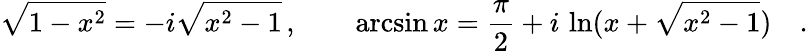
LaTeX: \sqrt{1-x^{2}}=-i\sqrt{x^{2}-1}\, ,\qquad\arcsin x={\frac{\pi}{2}}+i\, \ln(x+\sqrt{x^{2}-1})\quad.